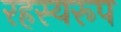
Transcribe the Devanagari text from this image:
रहस्यरूप